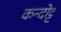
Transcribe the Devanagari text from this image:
कन्दोट्ट